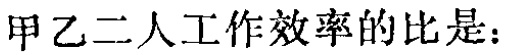
甲乙二人工作效率的比是：